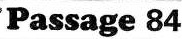
Passage 84